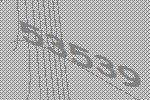
53539